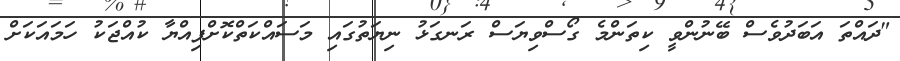
"ދައްތަ އަބަދުވެސް ބޭނުންވީ ކިތަންމެ ގޯސްވިޔަސް ރަނގަޅު ނިޔަތުގައި މަސައްކަތްކޮށްފިއްޔާ ކުއްޖަކު ހަމައަކަށް